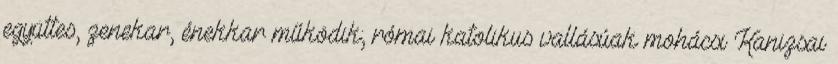
együttes, zenekar, énekkar működik; római katolikus vallásúak mohácsi Kanizsai